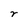
Character: r